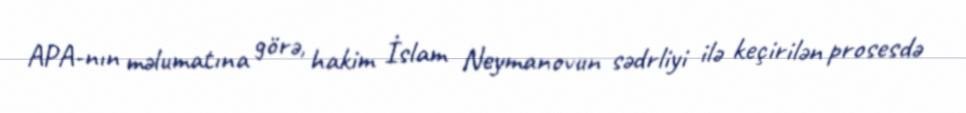
APA-nın məlumatına görə, hakim İslam Neymanovun sədrliyi ilə keçirilən prosesdə